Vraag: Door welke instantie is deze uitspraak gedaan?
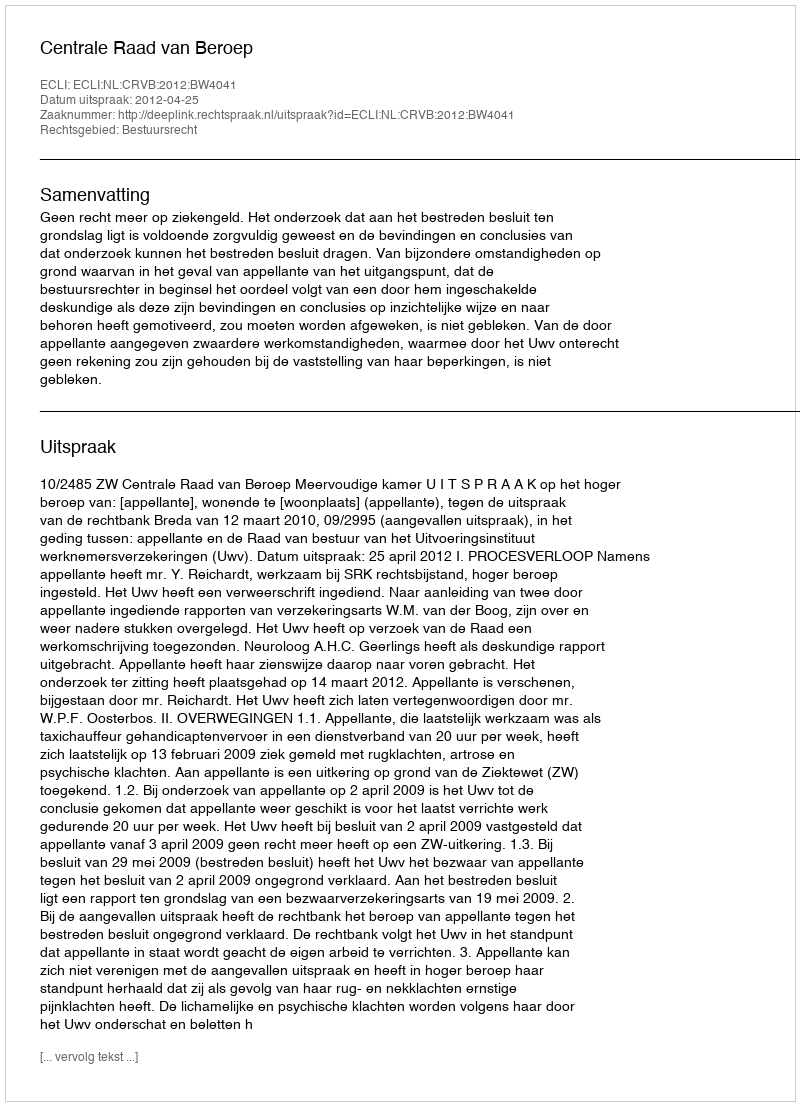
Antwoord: Centrale Raad van Beroep